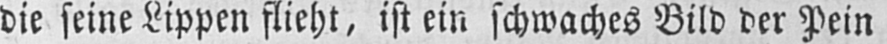
die seine Lippen flieht, ist ein schwaches Bild der Pein